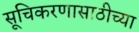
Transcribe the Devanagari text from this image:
सूचिकरणासाठीच्या